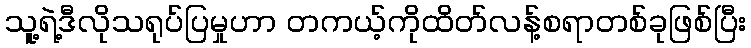
သူ့ရဲ့ဒီလိုသရုပ်ပြမှုဟာ တကယ့်ကိုထိတ်လန့်စရာတစ်ခုဖြစ်ပြီး